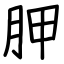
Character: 胛